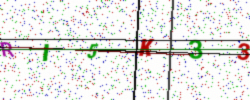
Text: RI5K33